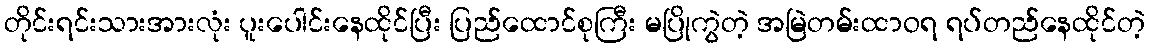
တိုင်းရင်းသားအားလုံး ပူးပေါင်းနေထိုင်ပြီး ပြည်ထောင်စုကြီး မပြိုကွဲတဲ့ အမြဲတမ်းထာဝရ ရပ်တည်နေထိုင်တဲ့